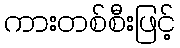
ကားတစ်စီးဖြင့်